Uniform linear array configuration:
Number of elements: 4
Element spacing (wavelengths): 0.75
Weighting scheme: kaiser
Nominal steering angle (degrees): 15
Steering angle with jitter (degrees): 16.157
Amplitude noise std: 0.05
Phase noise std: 0.05

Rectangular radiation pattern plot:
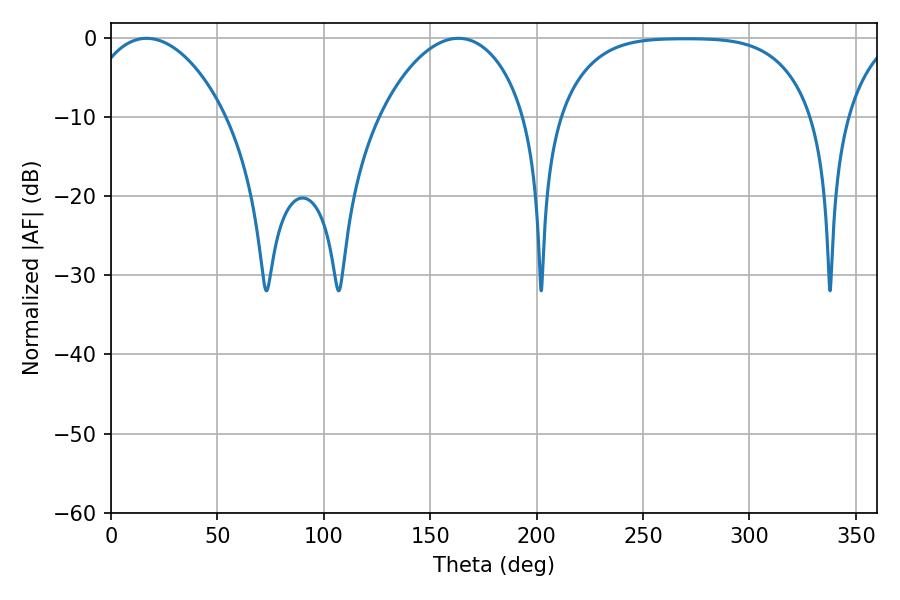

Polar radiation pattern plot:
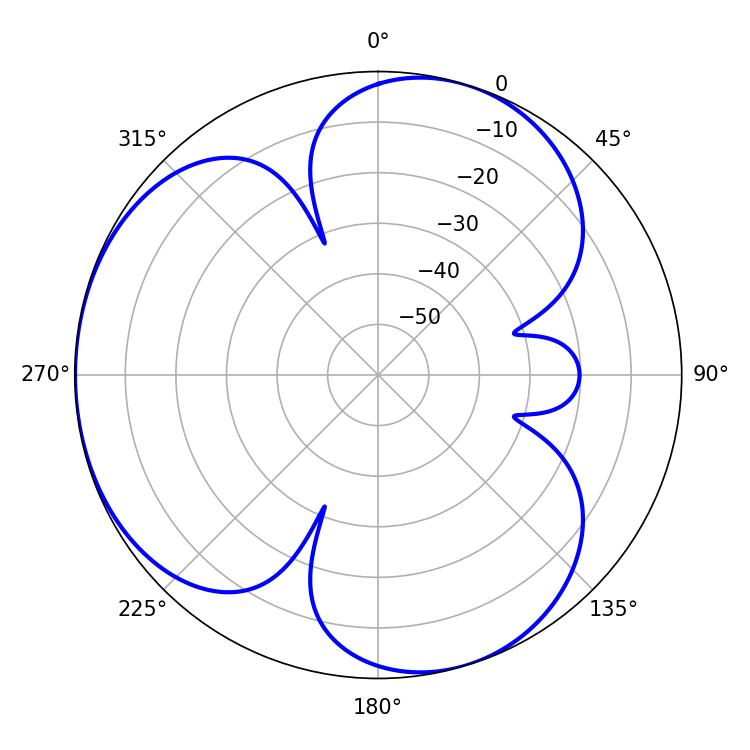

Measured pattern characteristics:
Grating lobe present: TRUE
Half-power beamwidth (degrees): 37.26
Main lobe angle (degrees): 16.74